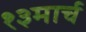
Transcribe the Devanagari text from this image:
१३मार्च